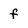
Character: f